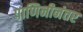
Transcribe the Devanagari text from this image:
पाणिनीनंतर